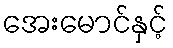
အေးမောင်နှင့်